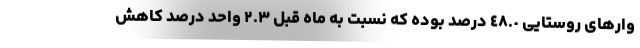
وارهای روستایی ٤٨.٠ درصد بوده که نسبت به ماه قبل ٢.٣ واحد درصد کاهش